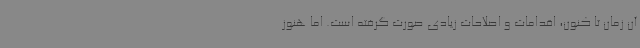
آن زمان تا کنون، اقدامات و اصلاحات زیادی صورت گرفته است. اما هنوز